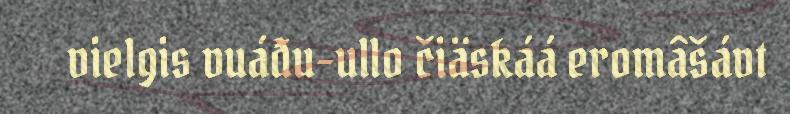
vielgis vuáđu-ullo čiäskáá eromâšávt